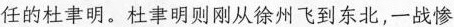
任的杜聿明。杜聿明则刚从徐州飞到东北，一战惨